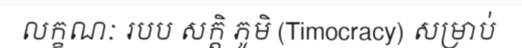
លក្ខណៈ របប សក្តិ ភូមិ (Timocracy) សម្រាប់